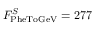
F _ { \mathrm { P h e T o G e V } } ^ { S } = 2 7 7